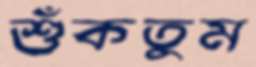
শুঁকতুম